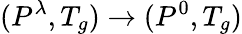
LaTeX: (P^{\lambda},T_{g})\rightarrow(P^{0},T_{g})